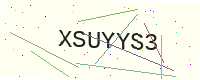
Text: XSUYYS3